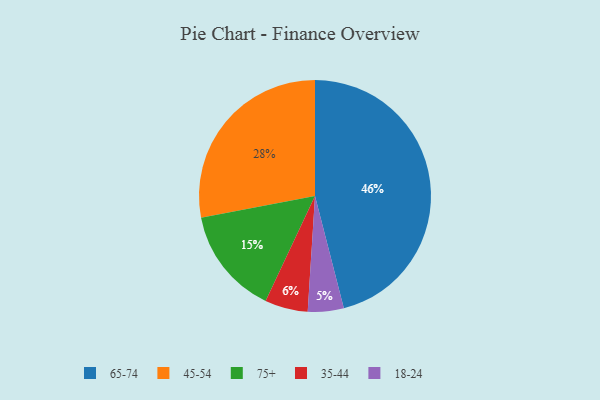
{"axis": {"x": "Category", "y": "Percentage"}, "legend": ["18-24", "35-44", "45-54", "65-74", "75+"], "data": [{"x": "35-44", "y": 6, "type": "35-44"}, {"x": "45-54", "y": 28, "type": "45-54"}, {"x": "75+", "y": 15, "type": "75+"}, {"x": "18-24", "y": 5, "type": "18-24"}, {"x": "65-74", "y": 46, "type": "65-74"}]}